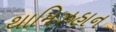
થામિઝહાન